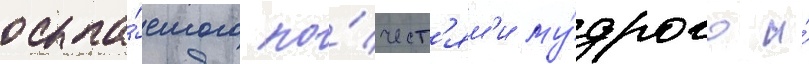
осыпа́емого по́чест'ям'и му́дрого и́